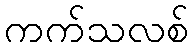
ကက်သလစ်